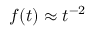
f ( t ) \approx t ^ { - 2 }